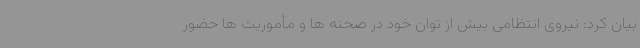
بیان کرد: نیروی انتظامی بیش از توان خود در صحنه ها و مأموریت ها حضور